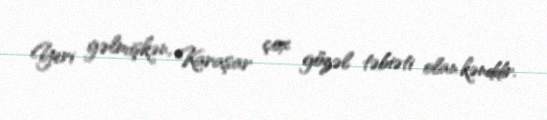
Yeri gəlmişkən, Karaşar çox gözəl təbiəti olan kənddir.